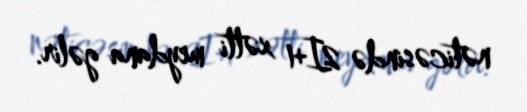
nəticəsində 2I+1 xətti meydana gəlir.